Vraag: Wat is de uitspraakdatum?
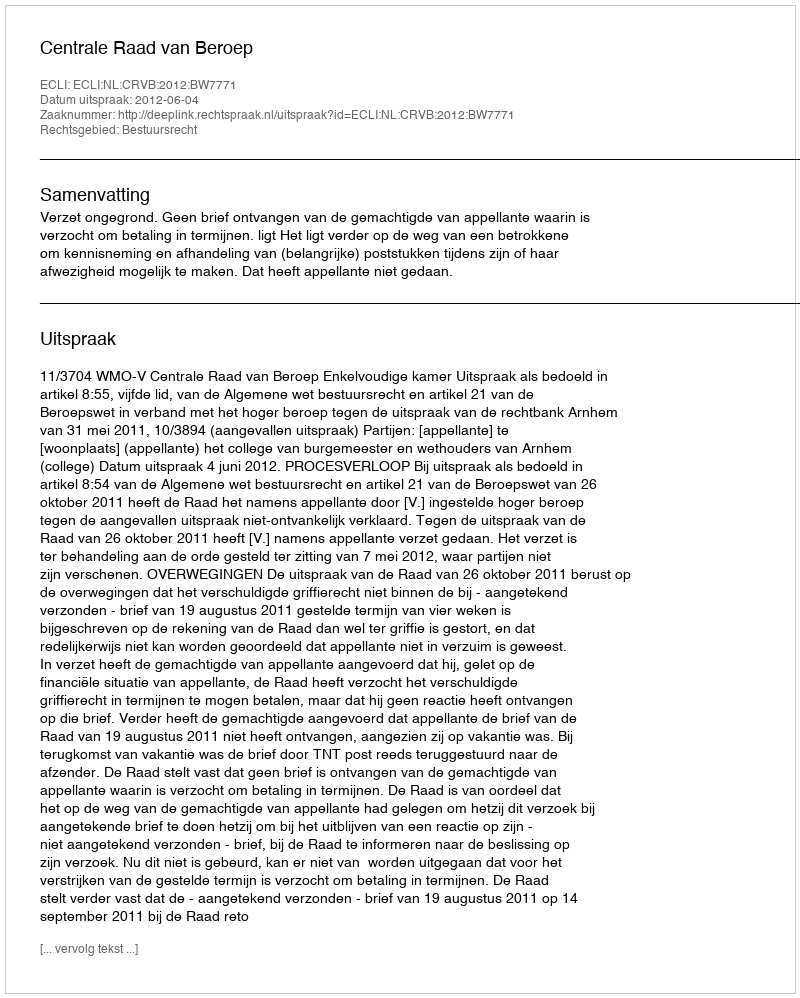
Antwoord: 2012-06-04